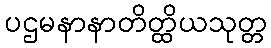
ပဌမနာနာတိတ္ထိယသုတ္တ